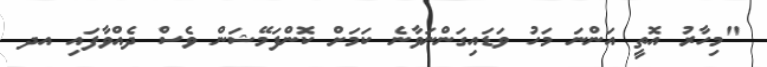
"މިހާރު އޮތީ އަންނަ މަހު ވަޑައިގަންނަވާނެ ކަމަށް ކޮންފަމޭޝަން ވެސް ދެއްވާފައި އދ